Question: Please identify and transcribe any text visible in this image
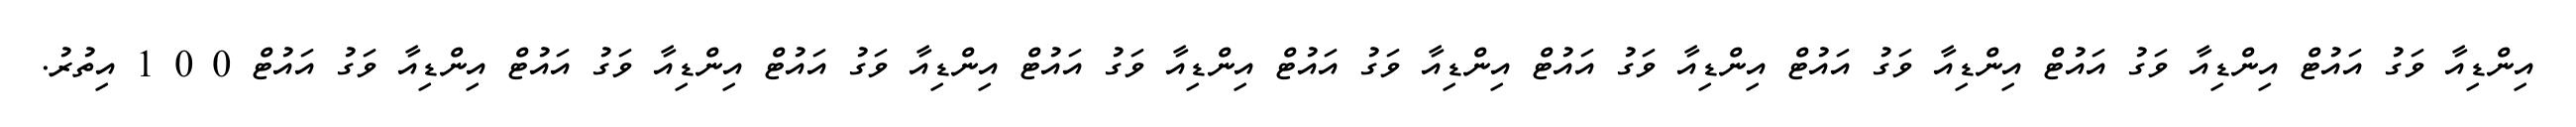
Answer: އިންޑިއާ ވަގު އައުޓް އިންޑިއާ ވަގު އައުޓް އިންޑިއާ ވަގު އައުޓް އިންޑިއާ ވަގު އައުޓް އިންޑިއާ ވަގު އައުޓް އިންޑިއާ ވަގު އައުޓް އިންޑިއާ ވަގު އައުޓް އިންޑިއާ ވަގު އައުޓް އިންޑިއާ ވަގު އައުޓް 0 0 1 އިތުރު.